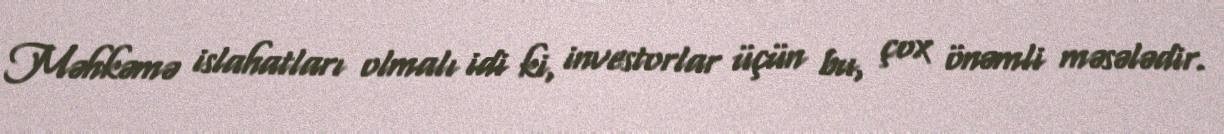
Məhkəmə islahatları olmalı idi ki, investorlar üçün bu, çox önəmli məsələdir.